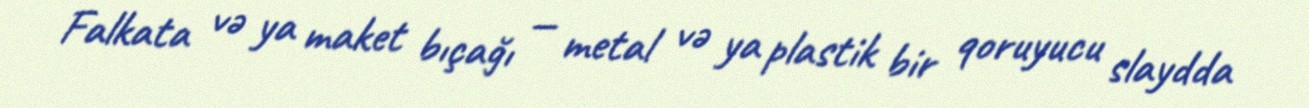
Falkata və ya maket bıçağı — metal və ya plastik bir qoruyucu slaydda